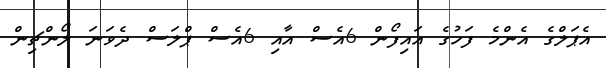
އެޕަލްގެ އެންމެ ފަހުގެ އައިފޯން 6އެސް އާއި 6އެސް ޕްލަސް ދެވަނަ ލޯންޗިން